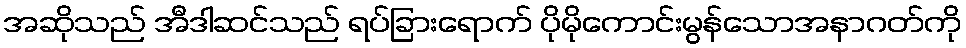
အဆိုသည် အီဒါဆင်သည် ရပ်ခြားရောက် ပိုမိုကောင်းမွန်သောအနာဂတ်ကို